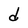
Character: d